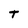
Character: T